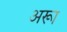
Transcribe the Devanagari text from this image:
अरूा